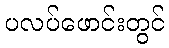
ပလပ်ဖောင်းတွင်